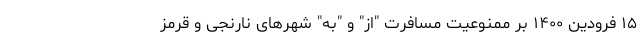
۱۵ فرودین ۱۴۰۰ بر ممنوعیت مسافرت "از" و "به" شهرهای نارنجی و قرمز